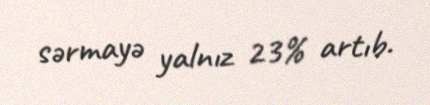
sərmayə yalnız 23% artıb.